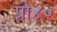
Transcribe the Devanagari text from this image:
प्रो४०